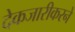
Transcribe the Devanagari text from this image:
देकजारीकरने